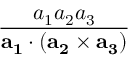
\frac { a _ { 1 } a _ { 2 } a _ { 3 } } { \mathbf { a _ { 1 } } \cdot ( \mathbf { a _ { 2 } } \times \mathbf { a _ { 3 } } ) }